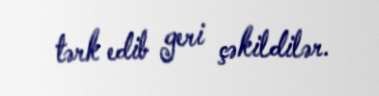
tərk edib geri çəkildilər.